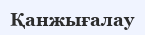
Қанжығалау